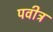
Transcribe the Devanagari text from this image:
पवीत्र